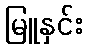
မြူနှင်း